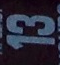
13